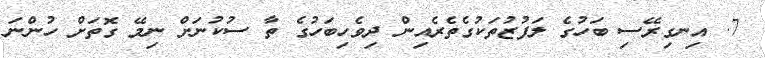
7. އިނގިރޭސި ބަހުގެ ލަފުޒުތަކުގެތެރެއިން ދިވެހިބަހުގެ ތާ ސުކުނަށް ނިމޭ ގޮތަށް ހުންނަ